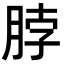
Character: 脖